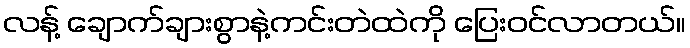
လန့် ချောက်ချားစွာနဲ့ကင်းတဲထဲကို ပြေးဝင်လာတယ်။